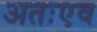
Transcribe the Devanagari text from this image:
अतःएव